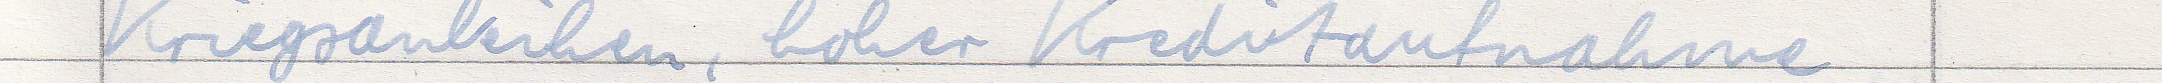
Kriegsanleihen, hoher Kreditaufnahme